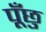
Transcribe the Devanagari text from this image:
पूँछु